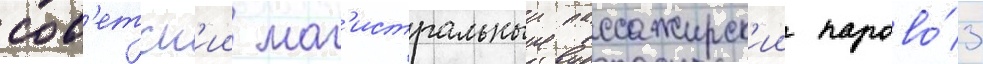
сов'етск'ии маг'истральныи пассажирск'ии парово́з